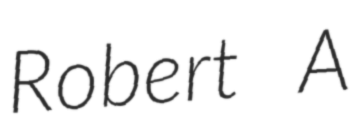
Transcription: Robert A